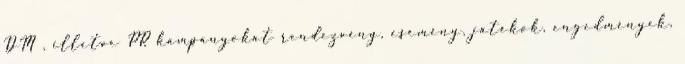
DM , illetve PR kampányokat rendezvény, esemény, játékok, engedmények,